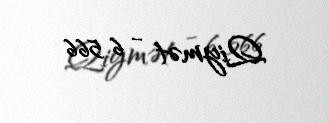
Qiymət - 6 566